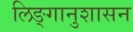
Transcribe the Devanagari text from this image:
लिङ्गानुशासन